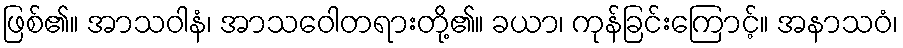
ဖြစ်၏။ အာသဝါနံ၊ အာသဝေါတရားတို့၏။ ခယာ၊ ကုန်ခြင်းကြောင့်။ အနာသဝံ၊